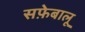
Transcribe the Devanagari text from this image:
सफ़ेबालू